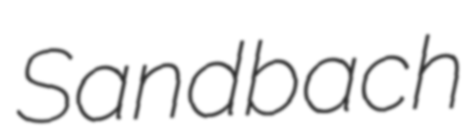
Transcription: Sandbach